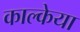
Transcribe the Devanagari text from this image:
काल्केया